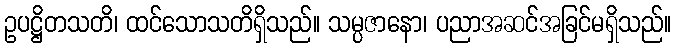
ဥပဋ္ဌိတသတိ၊ ထင်သောသတိရှိသည်။ သမ္ပဇာနော၊ ပညာအဆင်အခြင်မရှိသည်။